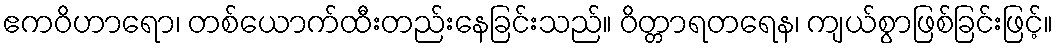
ဧကဝိဟာရော၊ တစ်ယောက်ထီးတည်းနေခြင်းသည်။ ဝိတ္တာရတရေန၊ ကျယ်စွာဖြစ်ခြင်းဖြင့်။